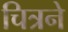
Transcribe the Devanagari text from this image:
चित्रने